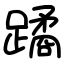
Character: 蹫